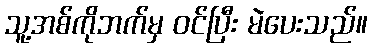
သူ့အစ်ကိုဘက်မှ ဝင်ပြီး မဲပေးသည်။